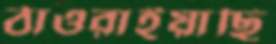
ঠাওরাইয়াছি